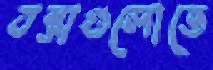
বস্তাগুলোতে